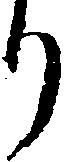
り